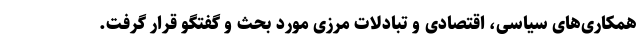
همکاری‌های سیاسی، اقتصادی و تبادلات مرزی مورد بحث و گفتگو قرار گرفت.